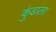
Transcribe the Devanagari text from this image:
कुंडाला